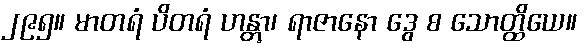
၂၉၅။ မာတရံ ပိတရံ ဟန္တွာ၊ ရာဇာနော ဒွေ စ သောတ္ထိယေ။